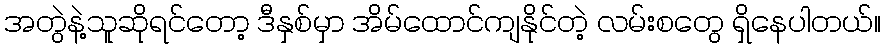
အတွဲနဲ့သူဆိုရင်တော့ ဒီနှစ်မှာ အိမ်ထောင်ကျနိုင်တဲ့ လမ်းစတွေ ရှိနေပါတယ်။